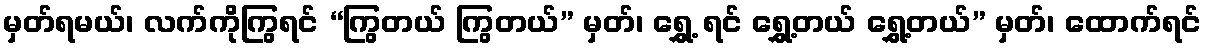
မှတ်ရမယ်၊ လက်ကိုကြွရင် “ကြွတယ် ကြွတယ်” မှတ်၊ ရွှေ့ ရင် ရွှေ့တယ် ရွှေ့တယ်” မှတ်၊ ထောက်ရင်